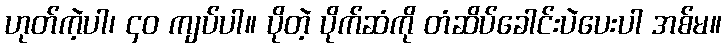
ဟုတ်ကဲ့ပါ၊ ၄၀ ကျပ်ပါ။ ပိုတဲ့ ပိုက်ဆံကို တံဆိပ်ခေါင်းပဲပေးပါ အစ်မ။